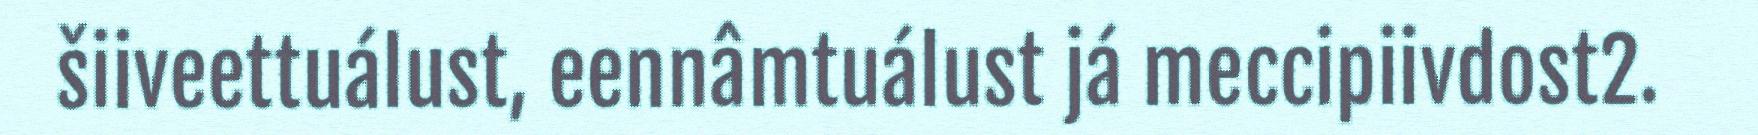
šiiveettuálust, eennâmtuálust já meccipiivdost2.